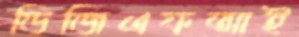
ডিজিএফআই